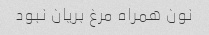
نون همراه مرغ بریان نبود